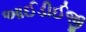
આઈડીઈજી